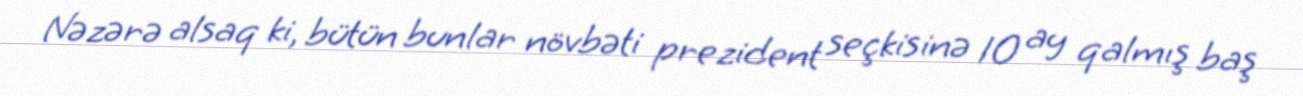
Nəzərə alsaq ki, bütün bunlar növbəti prezident seçkisinə 10 ay qalmış baş